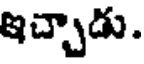
ఇచ్చాడు.